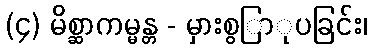
(၄) မိစ္ဆာကမ္မန္တ - မှားစွြာုပခြင်း၊